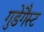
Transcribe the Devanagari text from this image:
गुडेगैस्ट